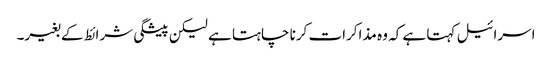
اسرائیل کہتا ہے کہ وہ مذاکرات کرنا چاہتا ہے لیکن پیشگی شرائط کے بغیر۔